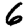
Digit: 6